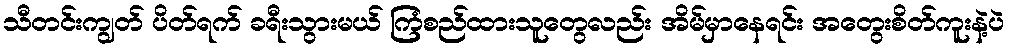
သီတင်းကျွတ် ပိတ်ရက် ခရီးသွားမယ် ကြံစည်ထားသူတွေလည်း အိမ်မှာနေရင်း အတွေးစိတ်ကူးနဲ့ပဲ